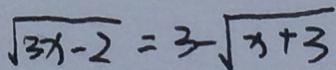
\sqrt { 3 x - 2 } = 3 - \sqrt { x + 3 }